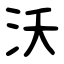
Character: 沃